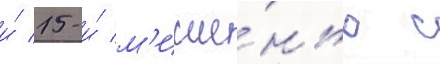
и́ 15-и́ м'ише́нью с